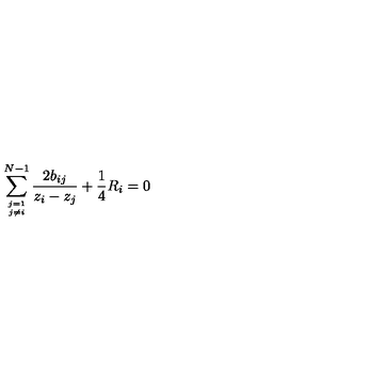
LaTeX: \sum _ { j = 1 \atop j \not = i } ^ { N - 1 } { \frac { 2 b _ { i j } } { z _ { i } - z _ { j } } } + { \frac { 1 } { 4 } } R _ { i } = 0